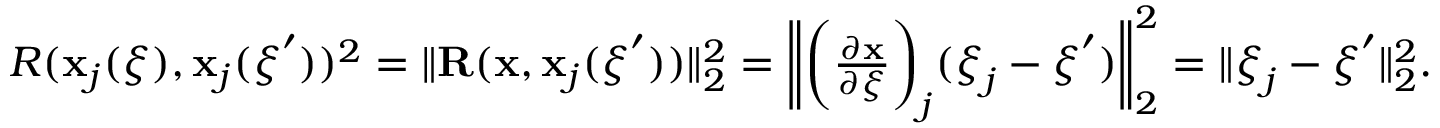
\begin{array} { r } { R ( \mathbf { x } _ { j } ( \boldsymbol { \xi } ) , \mathbf { x } _ { j } ( \boldsymbol { \xi } ^ { \prime } ) ) ^ { 2 } = \| \mathbf { R } ( \mathbf { x } , \mathbf { x } _ { j } ( \boldsymbol { \xi } ^ { \prime } ) ) \| _ { 2 } ^ { 2 } = \bigg \| \bigg ( \frac { \partial \mathbf { x } } { \partial \boldsymbol { \xi } } \bigg ) _ { j } ( \boldsymbol { \xi } _ { j } - \boldsymbol { \xi } ^ { \prime } ) \bigg \| _ { 2 } ^ { 2 } = \| \boldsymbol { \xi } _ { j } - \boldsymbol { \xi } ^ { \prime } \| _ { 2 } ^ { 2 } . } \end{array}